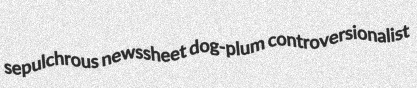
sepulchrous newssheet dog-plum controversionalist